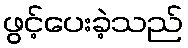
ဖွင့်ပေးခဲ့သည်